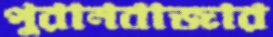
পুরানবাজার